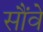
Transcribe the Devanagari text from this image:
सौंवे